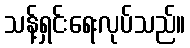
သန့်ရှင်းရေးလုပ်သည်။